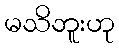
မသိဘူးဟု